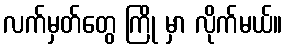
လက်မှတ်တွေ ကြို မှာ လိုက်မယ်။